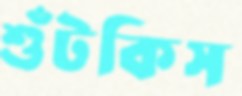
শুঁটকিস